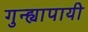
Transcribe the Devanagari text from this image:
गुन्ह्यापायी